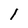
Character: l